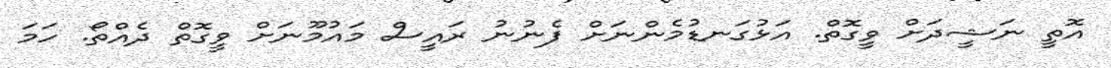
އޮތީ ނަޝީދަށް ވީގޮތް. އަޅުގަނޑުމެންނަށް ފެނުނު ރައީސް މައުމޫނަށް ވީގޮތް ދެއްތޯ. ހަމަ